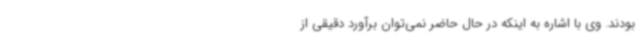
بودند. وی با اشاره به اینکه در حال حاضر نمی‌توان برآورد دقیقی از